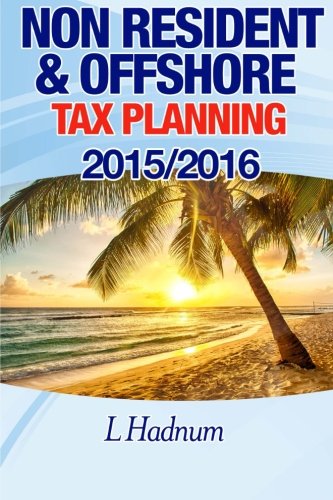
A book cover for Non-Resident & Offshore Tax Planning: How to Cut Your Tax to Zero: 2015/2016; Mr L Hadnum; Law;